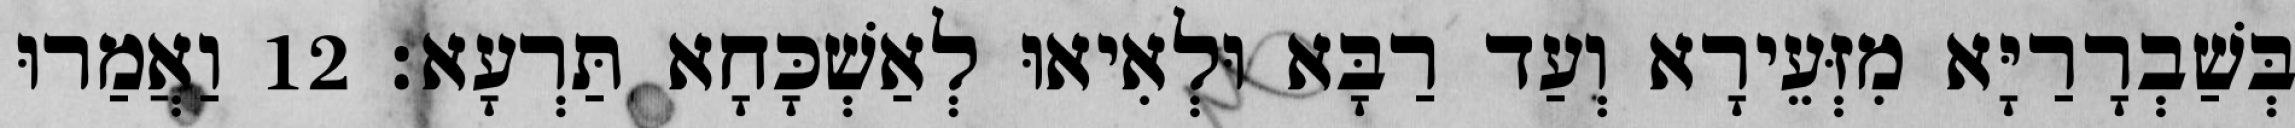
בְּשַׁבְרָרַיָּא מִזְּעֵירָא וְעַד רַבָּא וּלְאִיאוּ לְאַשְׁכָּחָא תַּרְעָא׃ 12 וַאֲמַרוּ